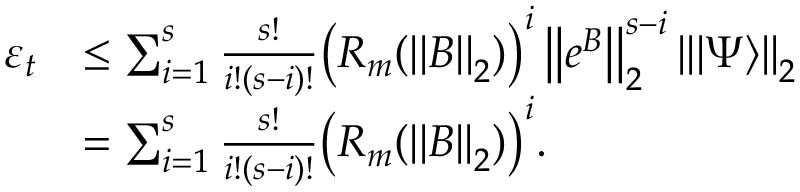
\begin{array} { r l } { \varepsilon _ { t } } & { \leq \sum _ { i = 1 } ^ { s } \frac { s ! } { i ! ( s - i ) ! } \big ( R _ { m } ( \left| \left| B \right| \right| _ { 2 } ) \big ) ^ { i } \left| \left| e ^ { B } \right| \right| _ { 2 } ^ { s - i } \left| \left| | \Psi \rangle \right| \right| _ { 2 } } \\ & { = \sum _ { i = 1 } ^ { s } \frac { s ! } { i ! ( s - i ) ! } \big ( R _ { m } ( \left| \left| B \right| \right| _ { 2 } ) \big ) ^ { i } . } \end{array}